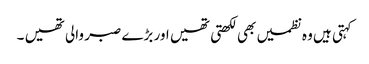
کہتی ہیں وہ نظمیں بھی لکھتی تھیں اور بڑے صبر والی تھیں ۔